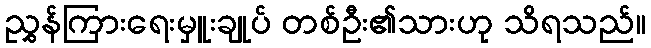
ညွှန်ကြားရေးမှူးချုပ် တစ်ဦး၏သားဟု သိရသည်။